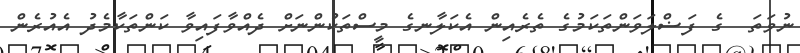
ނުވަތަ  ގެ ފަޟްލަވަންތަކަމުގެ ތެރެއިން އެކަލާނގެ މީސްތަކުންނަށް ދެއްވާފައިވާ ކަންތަކާމެދު އެއުރެން